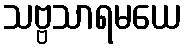
သဗ္ဗသာရမယေ